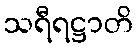
သရီရဋ္ဌာတိ